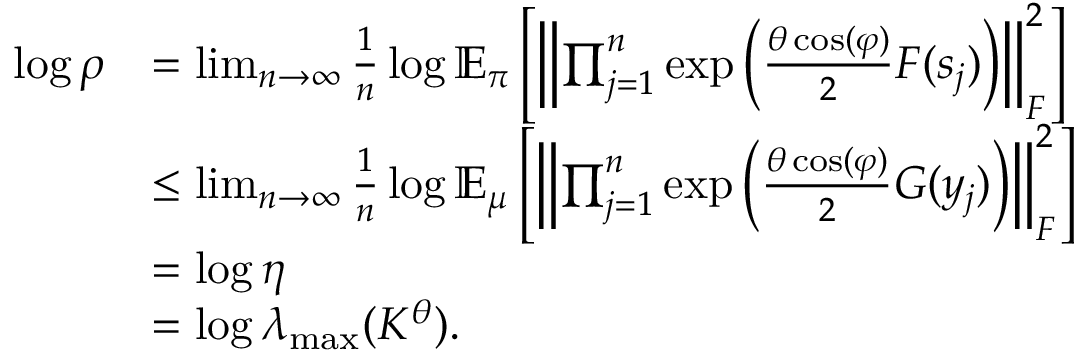
\begin{array} { r l } { \log \rho } & { = \operatorname* { l i m } _ { n \to \infty } \frac { 1 } { n } \log \mathbb { E } _ { \boldsymbol \pi } \left[ \left\lVert \prod _ { j = 1 } ^ { n } \exp \left( \frac { \theta \cos ( \varphi ) } { 2 } F ( s _ { j } ) \right) \right\rVert _ { F } ^ { 2 } \right] } \\ & { \leq \operatorname* { l i m } _ { n \to \infty } \frac { 1 } { n } \log \mathbb { E } _ { \boldsymbol \mu } \left[ \left\lVert \prod _ { j = 1 } ^ { n } \exp \left( \frac { \theta \cos ( \varphi ) } { 2 } G ( y _ { j } ) \right) \right\rVert _ { F } ^ { 2 } \right] } \\ & { = \log \eta } \\ & { = \log \lambda _ { \mathrm { m a x } } ( K ^ { \theta } ) . } \end{array}